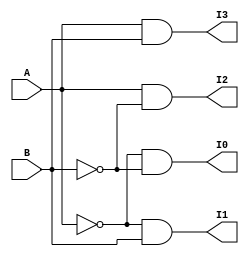
`timescale 1ns / 1ps

module DECODER_2x4(A,B,I0,I1,I2,I3);
input  A,B;
output I0,I1,I2,I3;
wire a,b;

not(a,A);
not(b,B);

and(I0,a,b);
and(I1,a,B);
and(I2,A,b);
and(I3,A,B);

endmodule